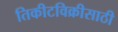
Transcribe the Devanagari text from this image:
तिकीटविक्रीसाठी